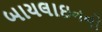
બાયલાઇનનો